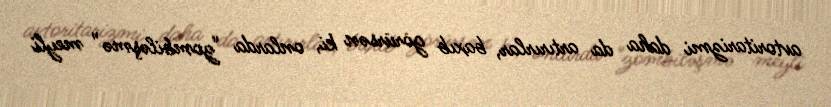
avtoritarizmi daha da artırırlar, baxıb görürsən ki, onlarda “zombiləşmə” meyli